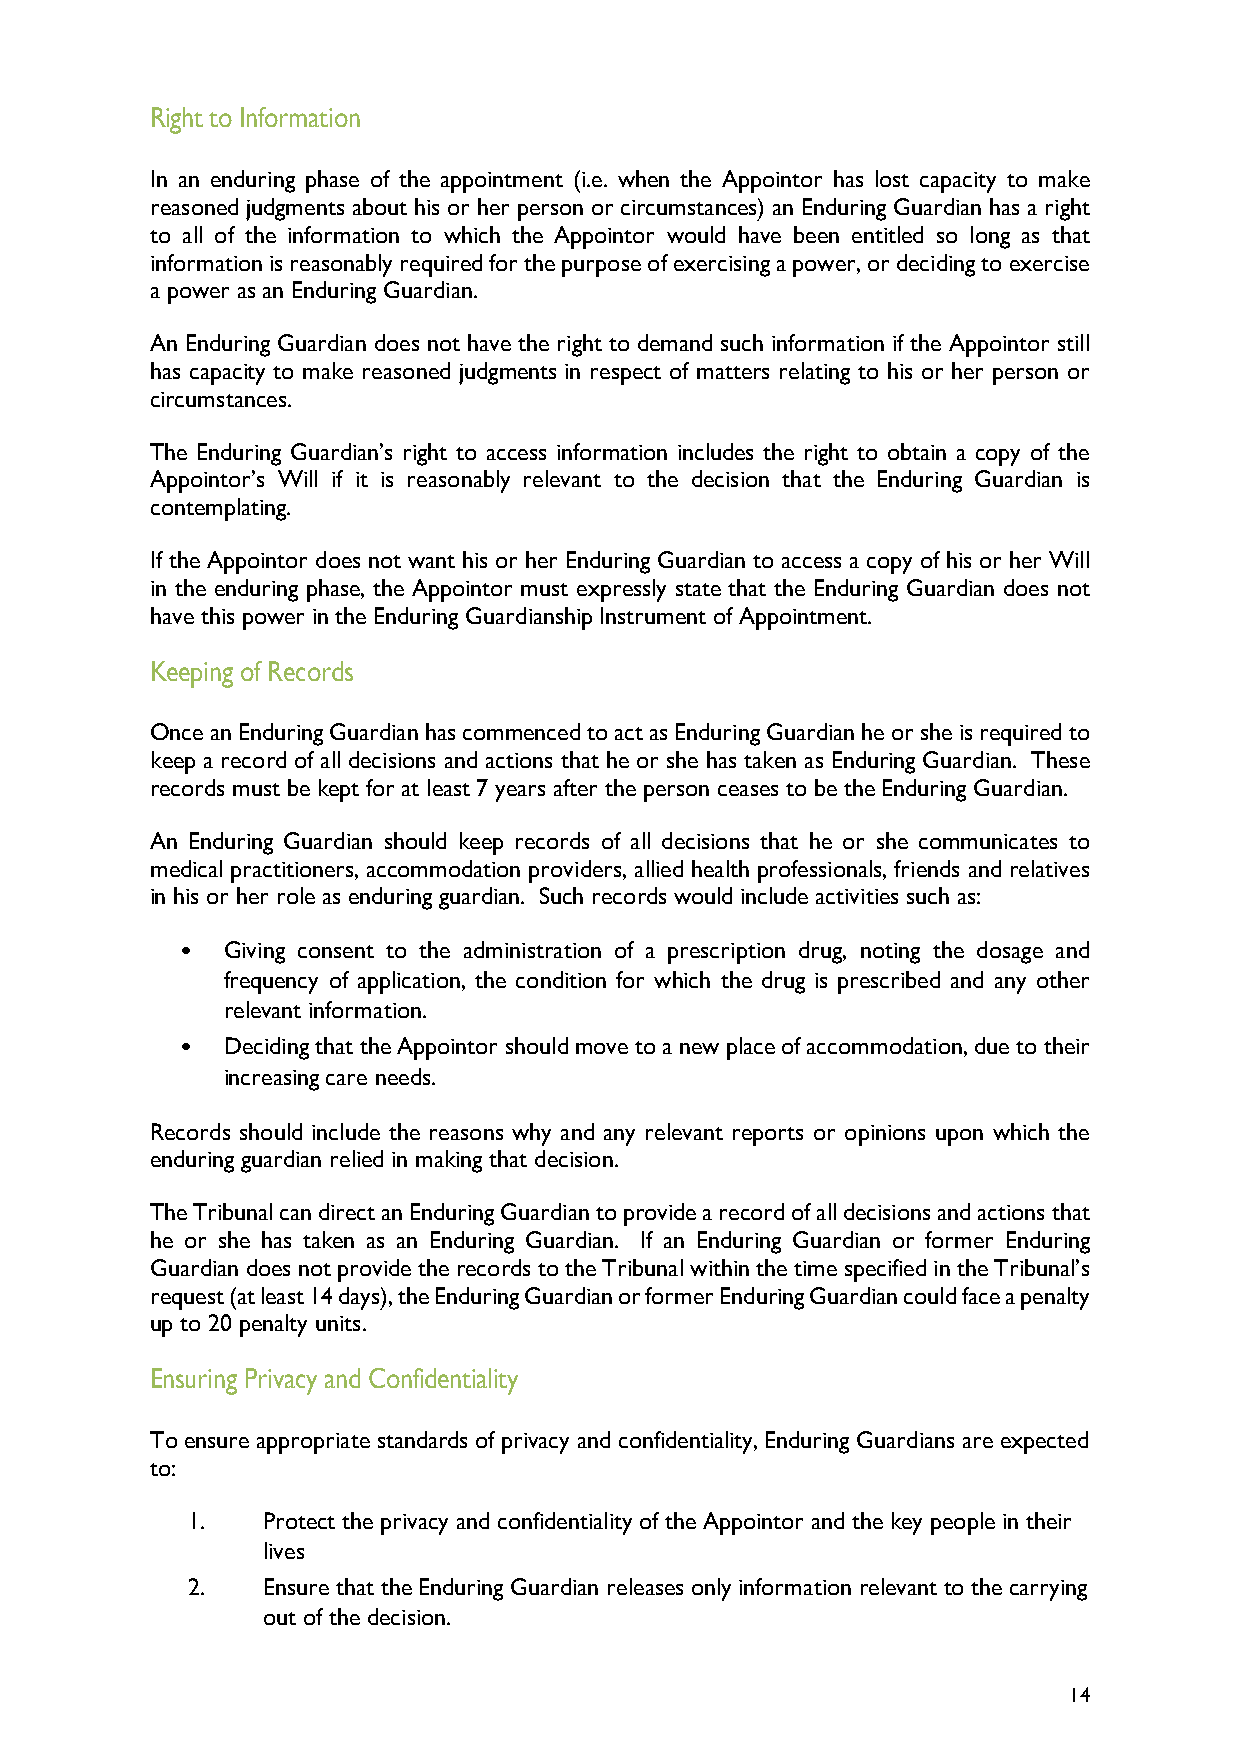
Right to Information
 In an enduring phase of the appointment (i.e. when the Appointor has lost capacity to make
 reasoned judgments about his or her person or circumstances) an Enduring Guardian has a right
 to all of the information to which the Appointor would have been entitled so long as that
 information is reasonably required for the purpose of exercising a power, or deciding to exercise
 a power as an Enduring Guardian.
 An Enduring Guardian does not have the right to demand such information if the Appointor still
 has capacity to make reasoned judgments in respect of matters relating to his or her person or
 circumstances.
 The Enduring Guardian’s right to access information includes the right to obtain a copy of the
 Appointor’s Will if it is reasonably relevant to the decision that the Enduring Guardian is
 contemplating.
 If the Appointor does not want his or her Enduring Guardian to access a copy of his or her Will
 in the enduring phase, the Appointor must expressly state that the Enduring Guardian does not
 have this power in the Enduring Guardianship Instrument of Appointment.
 Keeping of Records
 Once an Enduring Guardian has commenced to act as Enduring Guardian he or she is required to
 keep a record of all decisions and actions that he or she has taken as Enduring Guardian. These
 records must be kept for at least 7 years after the person ceases to be the Enduring Guardian.
 An Enduring Guardian should keep records of all decisions that he or she communicates to
 medical practitioners, accommodation providers, allied health professionals, friends and relatives
 in his or her role as enduring guardian. Such records would include activities such as:
 •  Giving consent to the administration of a prescription drug, noting the dosage and
 frequency of application, the condition for which the drug is prescribed and any other
 relevant information.
 •  Deciding that the Appointor should move to a new place of accommodation, due to their
 increasing care needs.
 Records should include the reasons why and any relevant reports or opinions upon which the
 enduring guardian relied in making that decision.
 The Tribunal can direct an Enduring Guardian to provide a record of all decisions and actions that
 he or she has taken as an Enduring Guardian. If an Enduring Guardian or former Enduring
 Guardian does not provide the records to the Tribunal within the time specified in the Tribunal’s
 request (at least 14 days), the Enduring Guardian or former Enduring Guardian could face a penalty
 up to 20 penalty units.
 Ensuring Privacy and Confidentiality
 To ensure appropriate standards of privacy and confidentiality, Enduring Guardians are expected
 to:
 1.   Protect the privacy and confidentiality of the Appointor and the key people in their
 lives
 2.   Ensure that the Enduring Guardian releases only information relevant to the carrying
 out of the decision.
 14